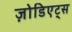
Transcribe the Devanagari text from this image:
ज़ोडिएट्स